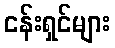
ငန်းရှင်များ